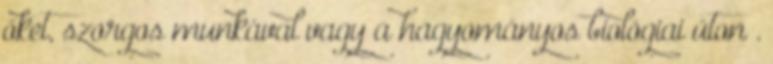
őket, szorgos munkával vagy a hagyományos biológiai úton .